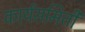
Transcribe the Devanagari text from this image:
कार्यसमिती